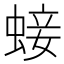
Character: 𧌃